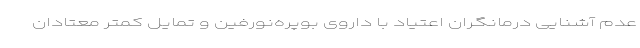
عدم آشنایی درمانگران اعتیاد با داروی بوپره‌نورفین و تمایل کمتر معتادان